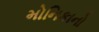
મોનિકાનો